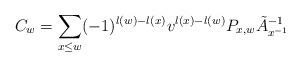
LaTeX: \begin{align*}C_w & = \sum_{x \leq w} (-1)^{l(w) - l(x)} v^{l(x)-l(w)}P_{x,w} \tilde{A}_{x^{-1}}^{-1}\end{align*}